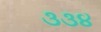
૩૩૪